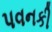
પવનકી